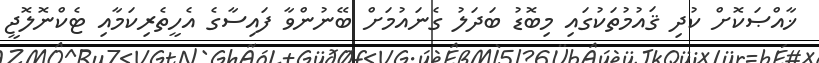
ޚާއްޞަކޮށް ކުދި ޤައުމުތަކުގައި މިބޮޑު ބަދަލު ގެނައުމަށް ބޭނުންވާ ފައިސާގެ އެހީތެރިކަމާއި ޓެކްނޮލޮޖީ